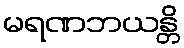
မရဏဘယန္တိ